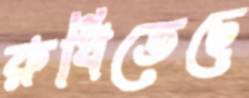
রুধিতেছে